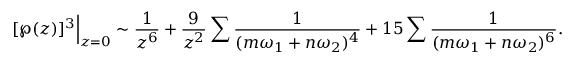
[ \wp ( z ) ] ^ { 3 } { \Big | } _ { z = 0 } \sim { \frac { 1 } { z ^ { 6 } } } + { \frac { 9 } { z ^ { 2 } } } \sum { \frac { 1 } { ( m \omega _ { 1 } + n \omega _ { 2 } ) ^ { 4 } } } + 1 5 \sum { \frac { 1 } { ( m \omega _ { 1 } + n \omega _ { 2 } ) ^ { 6 } } } .